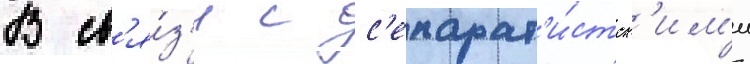
В св'я́з'и с с'епарат'и́стск'им'и